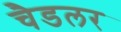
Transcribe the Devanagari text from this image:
चैडलर